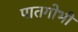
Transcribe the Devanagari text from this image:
पातगोभी